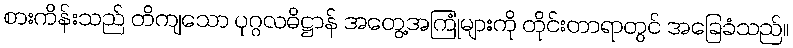
စားကိန်းသည် တိကျသော ပုဂ္ဂလဓိဋ္ဌာန် အတွေ့အကြုံများကို တိုင်းတာရာတွင် အခြေခံသည်။